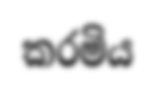
කරමිය